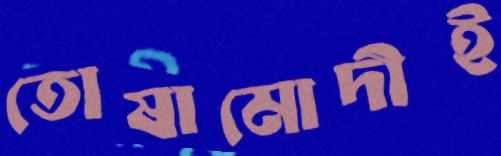
তোষামোদীই